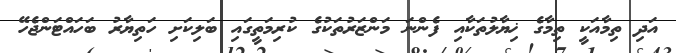
އަދި ތިމާއަކީ ތިމާގެ ޚިޔާލުތަކާއި ފެންނަ މަންޒަރުތަކުގެ ކުރިމަތީގައި ބަލިކަށި ހަތިޔާރު ބަހައްޓަންޖެހޭ